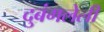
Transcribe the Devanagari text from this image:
दुबंगलेली